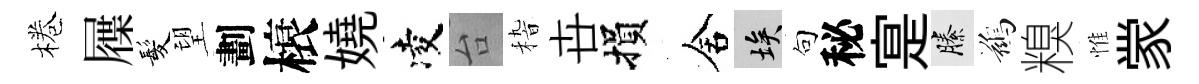
棬屧髪望劃榱嬈凌台𥟵卋損舍埃句秘寔縢鷀糗惟䝉